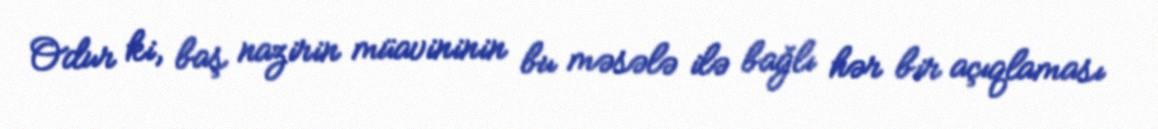
Odur ki, baş nazirin müavininin bu məsələ ilə bağlı hər bir açıqlaması